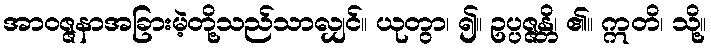
အာဝဇ္ဇနာအခြားမဲ့တို့သည်သာလျှင်။ ယုတွာ၊ ၍။ ဥပ္ပဇ္ဇန္တိ၊ ၏။ ဣတိ၊ သို့။